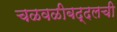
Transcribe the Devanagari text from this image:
चळवळीबद्दलची